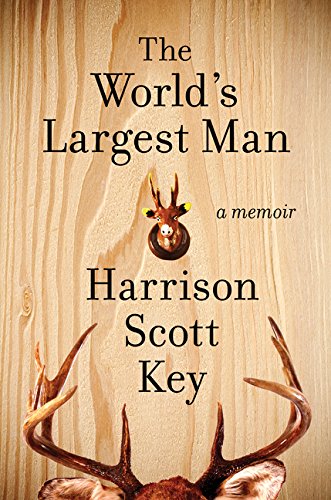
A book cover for The World's Largest Man: A Memoir; Harrison Scott Key; Humor & Entertainment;